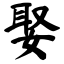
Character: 娶